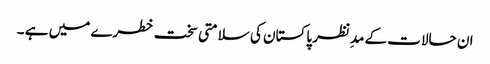
ان حالات کے مدِنظر پاکستان کی سلامتی سخت خطرے میں ہے ۔